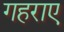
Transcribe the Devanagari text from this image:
गहराए